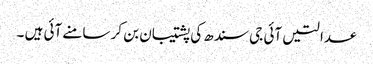
عدالتیں آئی جی سندھ کی پشتیبان بن کر سامنے آئی ہیں ۔